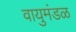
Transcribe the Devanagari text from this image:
वायुमंडळ